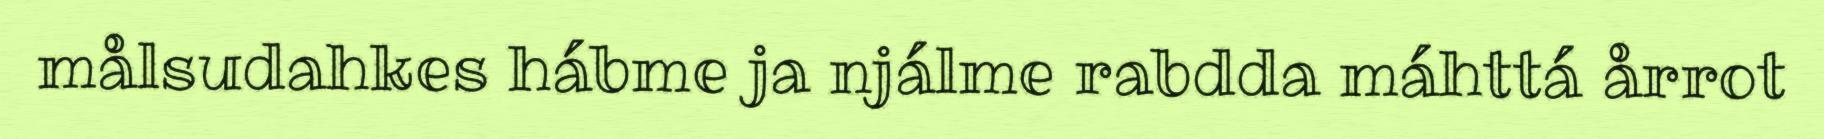
målsudahkes hábme ja njálme rabdda máhttá årrot